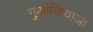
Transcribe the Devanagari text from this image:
गुआंजियाओ